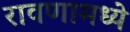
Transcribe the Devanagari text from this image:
रावणामध्ये